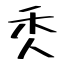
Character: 秂